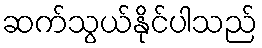
ဆက်သွယ်နိုင်ပါသည်